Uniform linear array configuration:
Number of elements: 24
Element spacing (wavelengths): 0.25
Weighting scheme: cosine
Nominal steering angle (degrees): -15
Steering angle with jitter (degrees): -15.466
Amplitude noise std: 0.05
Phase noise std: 0.05

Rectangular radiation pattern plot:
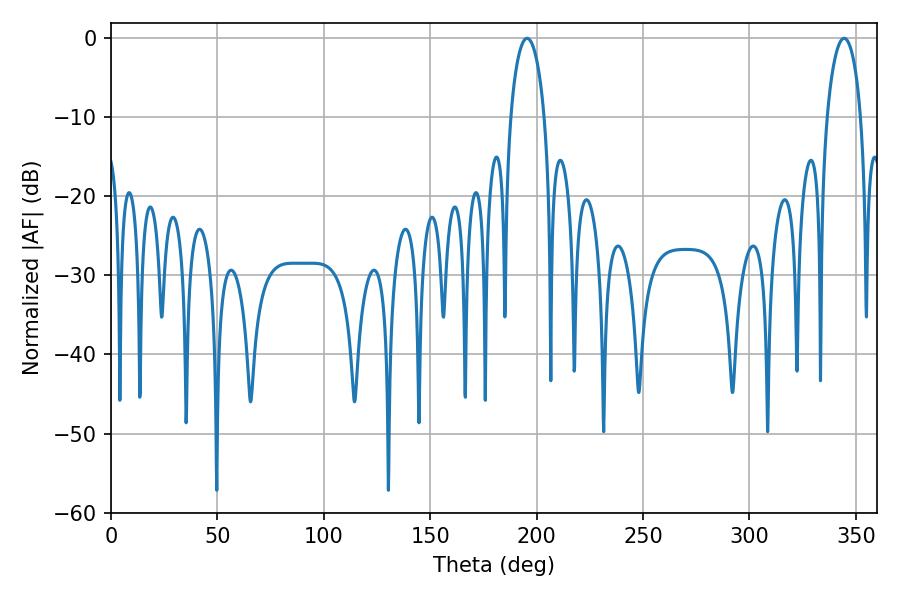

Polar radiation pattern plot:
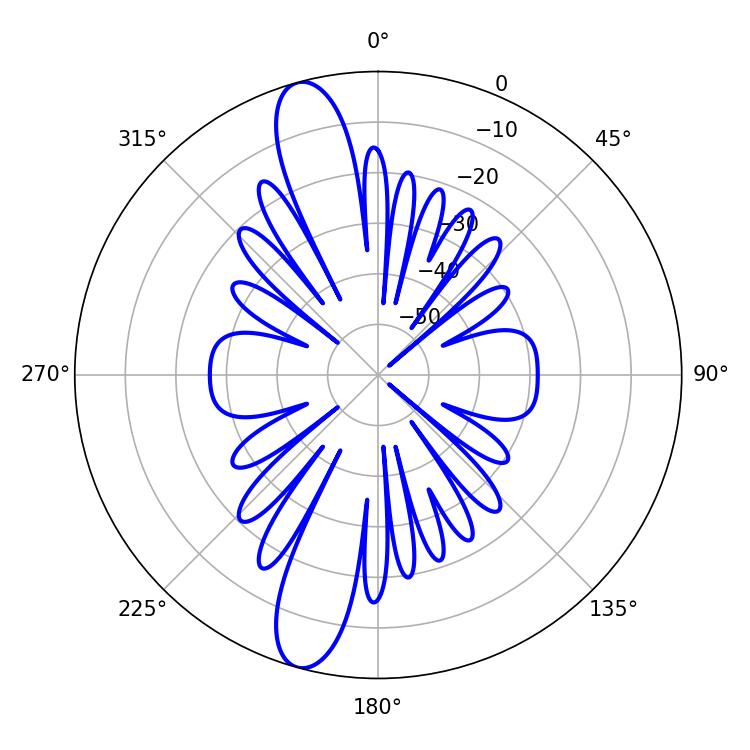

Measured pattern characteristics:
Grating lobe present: FALSE
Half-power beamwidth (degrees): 9.18
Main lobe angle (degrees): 195.48